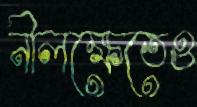
নীলক্ষেতেও